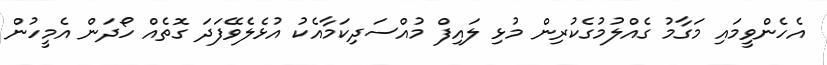
އެހެންވީމައި މަގާމު ގެއްލުމުގެކުރިން މުޅި ލައިފް މުއްސަދިކަމާއެކު އުޅެލެވޭފަދަ ގޮތެއް ހޯދަން އެމީހުން